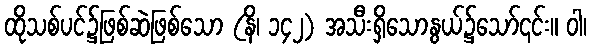
ထိုသစ်ပင်၌ဖြစ်ဆဲဖြစ်သော (နိ၊ ၁၄၂) အသီးရှိသောနွယ်၌သော်၎င်း။ ဝါ၊